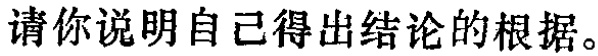
请你说明自己得出结论的根据。